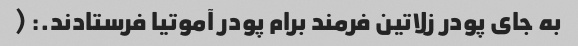
به جای پودر زلاتین فرمند برام پودر آموتیا فرستادند.: (